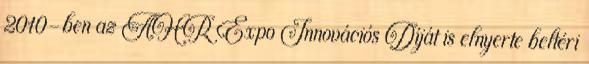
2010-ben az AHR Expo Innovációs Díját is elnyerte beltéri